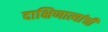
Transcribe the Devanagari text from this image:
दाक्षिणात्यांची